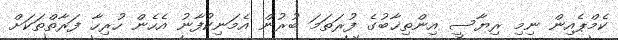
ކެމްޕެއިން ނިމި ރިޔާސީ އިންތިޚާބުގެ ފުރަތަމަ ބުރުން އެމަނިކުފާނު އެހެން ހުރިހާ ފަރާތްތަކަށް